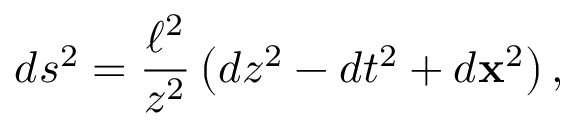
d s ^ { 2 } = { \frac { \ell ^ { 2 } } { z ^ { 2 } } } \left( d z ^ { 2 } - d t ^ { 2 } + d { \bf x } ^ { 2 } \right) ,